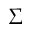
\Sigma